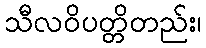
သီလဝိပတ္တိတည်း၊